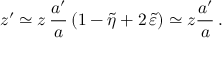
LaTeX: z ^ { \prime } \simeq z \, \frac { a ^ { \prime } } { a } \left( 1 - \tilde { \eta } + 2 \, \tilde { \varepsilon } \right) \simeq z \frac { a ^ { \prime } } { a } \, .